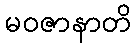
မဝဇာနာတိ